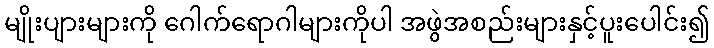
မျိုးပျားများကို ဂေါက်ရောဂါများကိုပါ အဖွဲအစည်းများနှင့်ပူးပေါင်း၍